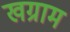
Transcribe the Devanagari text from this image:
खग्राम